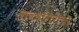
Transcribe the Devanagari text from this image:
सावधगिरीचा